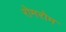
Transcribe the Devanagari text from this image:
रोमरोम